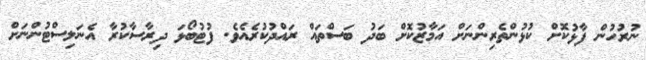
ނުރުހުން ފާޅުކޮށް ކުޅުންތެރިންނަށް އަމާޒުކޮށް ބަދު ބަސްތައް ރައްދުކުރެއެވެ. ފުޓުބޯޅަ ދިރާސާކުރާ އެނަލިސްޓުންނަށް